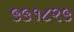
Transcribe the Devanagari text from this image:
५५१८२५